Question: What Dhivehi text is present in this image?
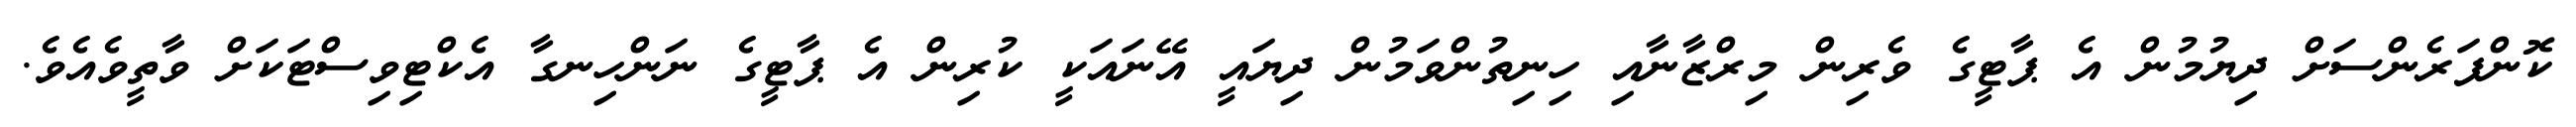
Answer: ކޮންފަރެންސަށް ދިޔުމުން އެ ޕާޓީގެ ވެރިން މިރްޒާނާއި ހިނިތުންވަމުން ދިޔައީ އޭނައަކީ ކުރިން އެ ޕާޓީގެ ނަންހިނގާ އެކްޓިވިސްޓަކަށް ވާތީވެއެވެ.